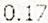
0.17